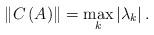
LaTeX: \begin{align*}\left\| {C\left( A \right)} \right\| = \mathop {\max }\limits_k \left| {\lambda _k } \right|.\end{align*}